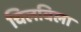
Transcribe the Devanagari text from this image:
चिलबिला